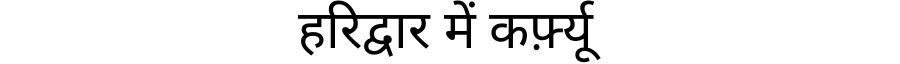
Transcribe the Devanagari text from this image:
हरिद्वार में कर्फ़्यू